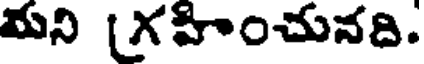
మని (గహించునది.